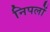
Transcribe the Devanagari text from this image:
निपलों